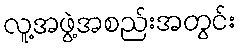
လူ့အဖွဲ့အစည်းအတွင်း